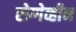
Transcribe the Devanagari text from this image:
रोग्गेव्हीन